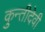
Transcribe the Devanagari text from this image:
कुन्तीदेवी